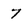
Character: 7